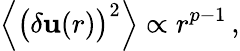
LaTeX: {\Big\langle}{\big(}\delta\mathbf{u}(r){\big)}^{2}{\Big\rangle}\propto r^{p-1}\, ,